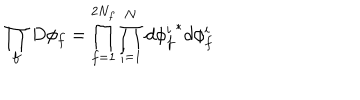
LaTeX: \prod _ { f } D \phi _ { f } = \prod _ { f = 1 } ^ { 2 N _ { f } } \prod _ { i = 1 } ^ { N } d { \phi _ { f } ^ { i } } ^ { * } d \phi _ { f } ^ { i }